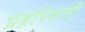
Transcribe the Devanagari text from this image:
प्रश्नांपेक्षाही